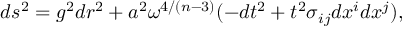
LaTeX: d s ^ { 2 } = g ^ { 2 } d r ^ { 2 } + a ^ { 2 } \omega ^ { 4 / ( n - 3 ) } ( - d t ^ { 2 } + t ^ { 2 } \sigma _ { i j } d x ^ { i } d x ^ { j } ) ,